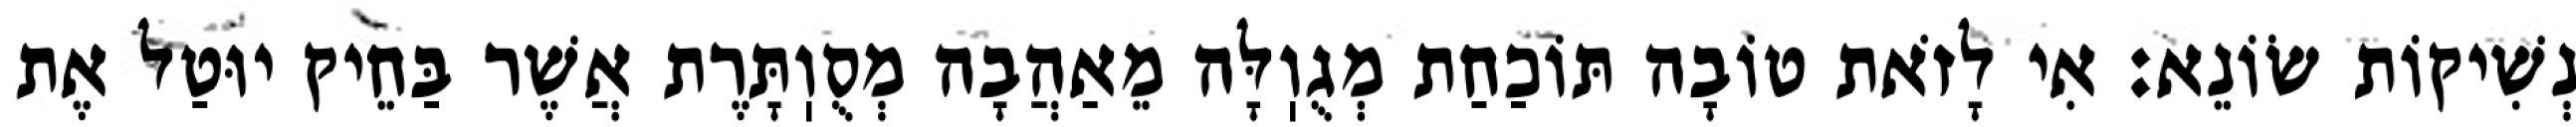
נְשִׁיקוֹת שׂוֹנֵא: אִי לָזֹאת טוֹבָה תּוֹכַחַת מְגֻוֽלָּה מֵאַהֲבָה מְסֻוֽתָּרֶת אֲשֶׁר בַּחֵיק יוּטַל אֶת